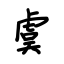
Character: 虞